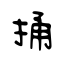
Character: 捅